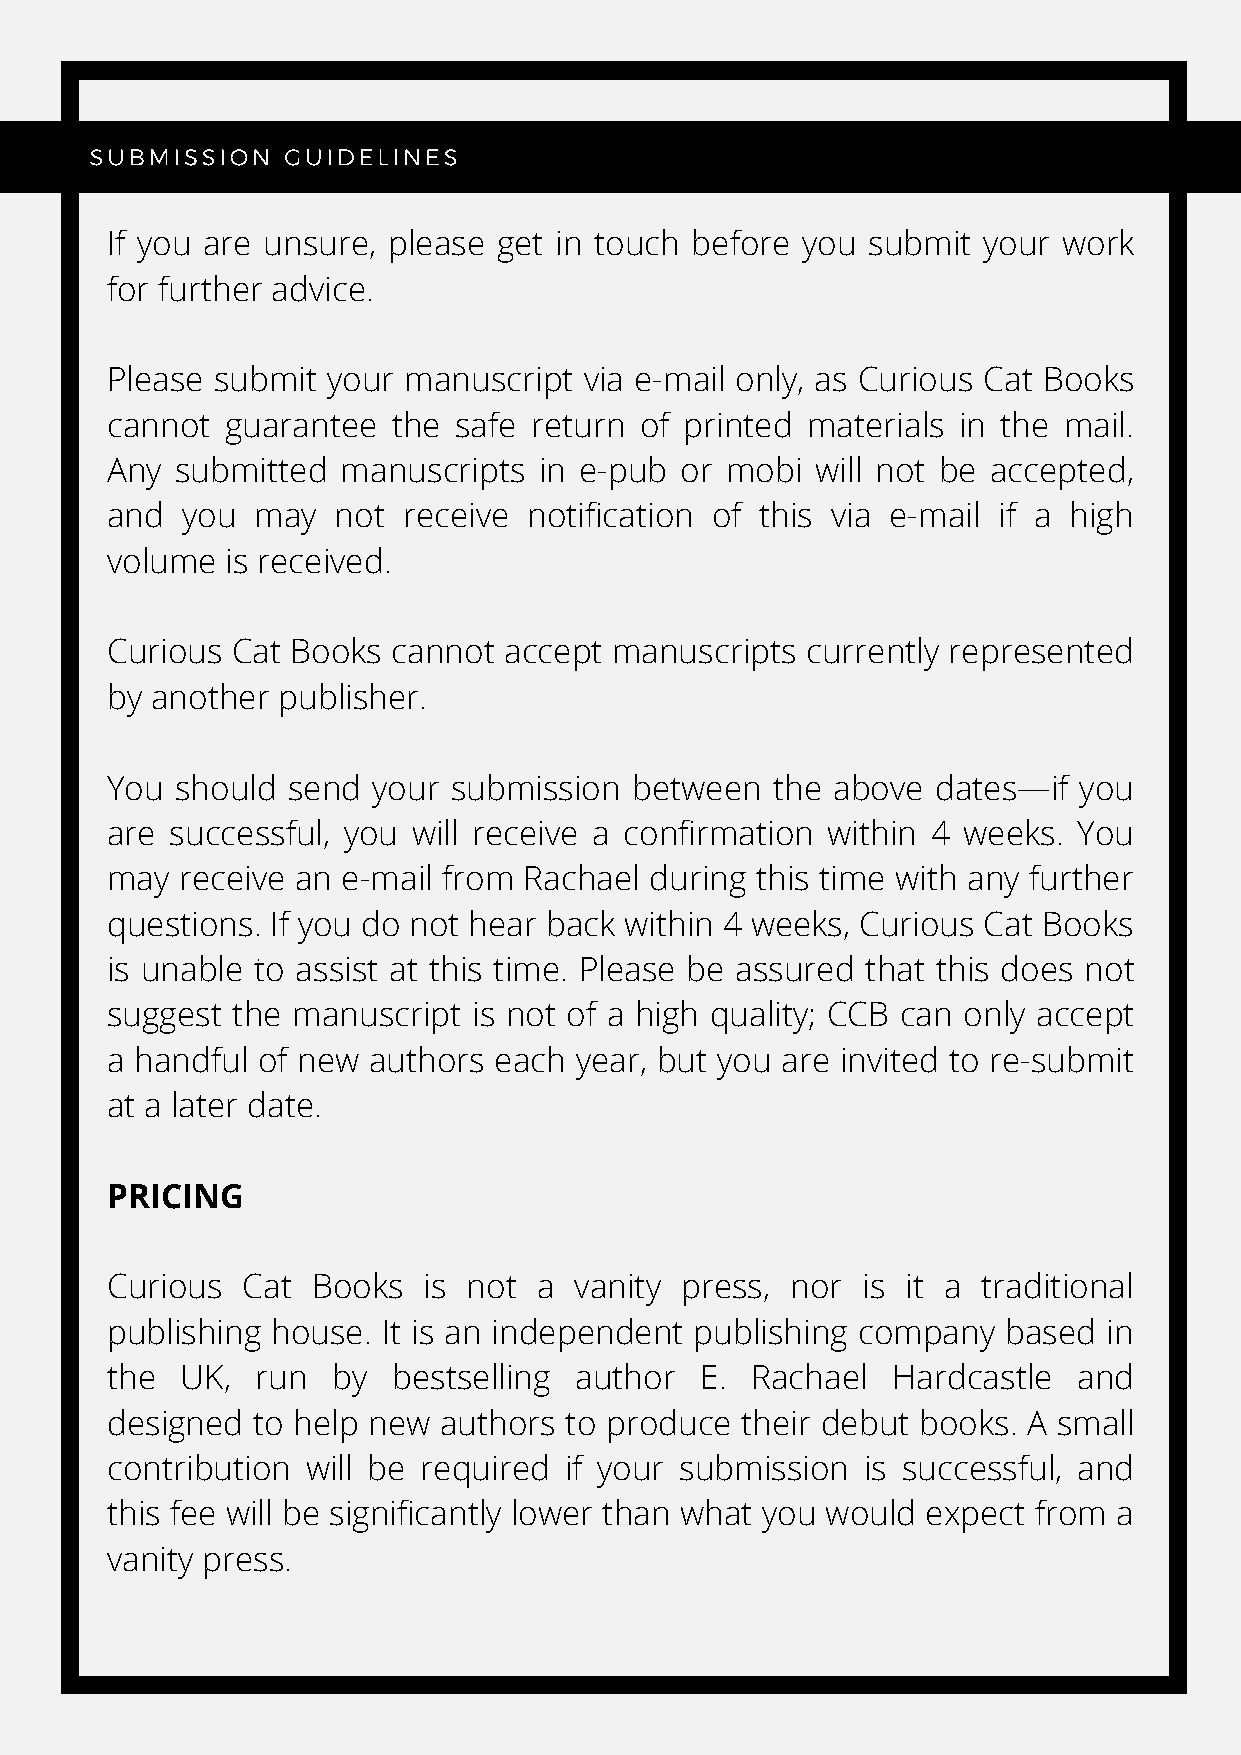
SUBMISSION   GUIDELINES
 If you are unsure, please get in touch before you submit  your work
 for further advice.
 Please submit  your manuscript  via e-mail only, as Curious Cat Books
 cannot  guarantee  the safe return of printed materials in the mail.
 Any  submitted  manuscripts  in e-pub or mobi  will not be accepted,
 and  you  may  not  receive notification of this via e-mail if a high
 volume  is received.
 Curious Cat Books  cannot accept manuscripts  currently represented
 by another publisher.
 You  should send  your submission  between  the above  dates—if you
 are successful, you will receive a confirmation within 4 weeks. You
 may  receive an e-mail from Rachael during this time with any further
 questions. If you do not hear back within 4 weeks, Curious Cat Books
 EDITING  SERVICES
 is unable to assist at this time. Please be assured that this does not
 suggest the manuscript  is not of a high quality; CCB can only accept
 a handful of new authors  each year, but you are invited to re-submit
 at a later date.
 GRAPHIC  DESIGN  SERVICES
 PRICING
 Curious  Cat  Books  is not  a vanity press, nor  is it a traditional
 publishing house. It is an independent publishing company   based in
 the  UK,  run  by  bestselling author  E.  Rachael  Hardcastle  and
 designed  to help new authors to produce  their debut books. A small
 contribution will be required if your submission  is successful, and
 this fee will be significantly lower than what you would expect from a
 vanity press.